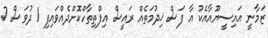
ޒަމާނީ އައިސީޔޫއާއެކު އާ ފަސް ޚިދުމަތެއް ރައީސް އިފްތިތާހްކޮށްދެއްވައިފި 1 ދުވަސް 7